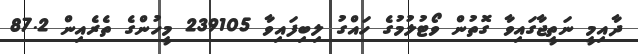
ދާއިމީ ނަތީޖާގައިވާ ގޮތުން ވޯޓުލުމުގެ ހައްގު ލިބިފައިވާ 239105 މީހުންގެ ތެރެއިން 87.2